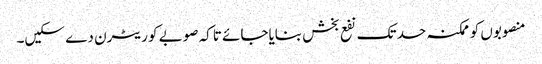
منصوبوں کو ممکنہ حد تک نفع بخش بنایاجائے تاکہ صوبے کو ریٹرن دے سکیں۔